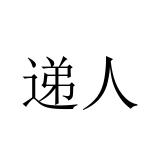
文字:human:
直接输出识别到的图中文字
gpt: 递人